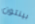
بينتون